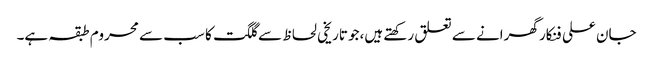
جان علی فنکار گھرانے سے تعلق رکھتے ہیں،جو تاریخی لحاظ سے گلگت کا سب سے محروم طبقہ ہے۔